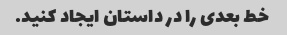
خط بعدی را در داستان ایجاد کنید.